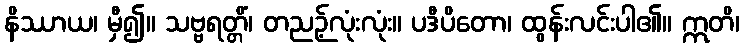
နိဿာယ၊ မှီ၍။ သဗ္ဗရတ္တိံ၊ တညဉ့်လုံးလုံး။ ပဒီပိတော၊ ထွန်းလင်းပါ၏။ ဣတိ၊